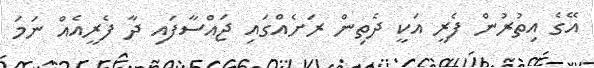
އޭގެ އިތުރުން ފެރީ އަކީ ދެތިން ރަށެއްގައި ޖައްސާފައި ދާ ފެރީއެއް ނަމަ